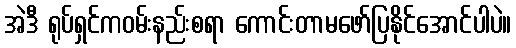
အဲဒီ ရုပ်ရှင်ကဝမ်းနည်းစရာ ကောင်းတာမဖော်ပြနိုင်အောင်ပါပဲ။